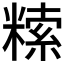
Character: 𥻨